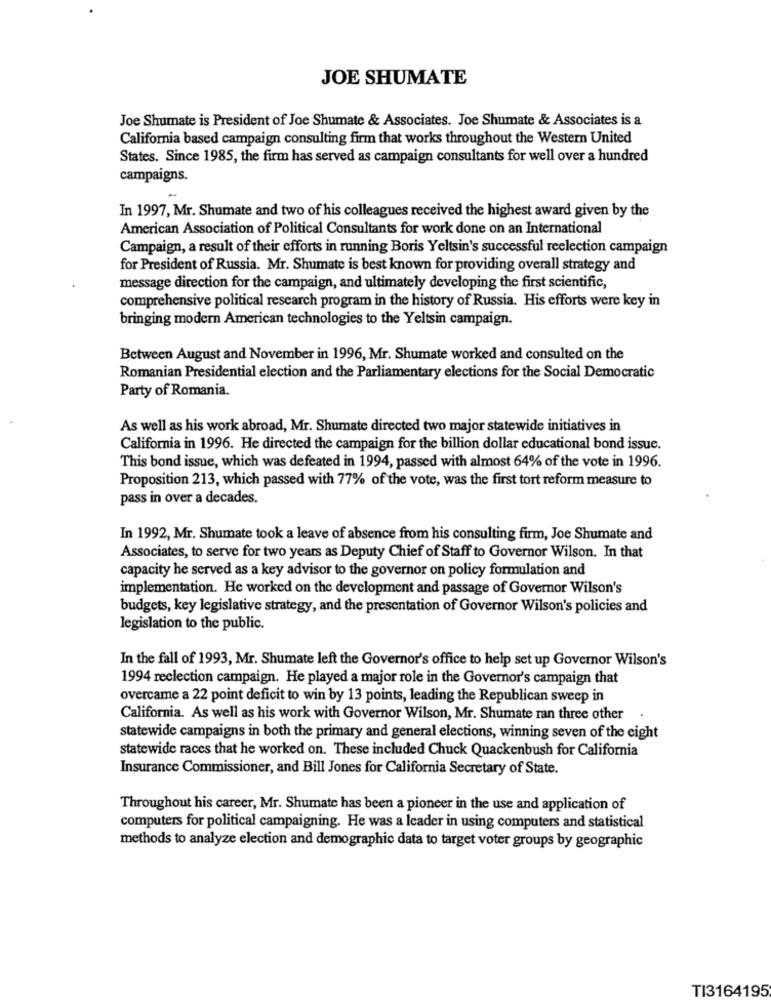
JOE SHUMATE
Joe Shumate is President of Joe Shumate & Associates. Joe Shumate & Associates is a
California based campaign consulting firm that works throughout the Western United
States. Since 1985, the firm has served as campaign consultants for well over a hundred
campaigns.
In 1997, Mr. Shumate and two of his colleagues received the highest award given by the
American Association of Political Consultants for work done on an International
Campaign, a result of their efforts in running Boris Yeltsin's successful reelection campaign
for President of Russia. Mr. Shumate is best known for providing overall strategy and
message direction for the campaign, and ultimately developing the first scientific,
comprehensive political research program in the history of Russia. His efforts were key in
bringing modern American technologies to the Yeltsin campaign.
Between August and November in 1996, Mr. Shumate worked and consulted on the
Romanian Presidential election and the Parliamentary elections for the Social Democratic
Party of Romania.
As well as his work abroad, Mr. Shumate directed two major statewide initiatives in
California in 1996. He directed the campaign for the billion dollar educational bond issue.
This bond issue, which was defeated in 1994, passed with almost 64% of the vote in 1996.
Proposition 213, which passed with 77% of the vote, was the first tort reform measure to
pass in over a decades.
In 1992, Mr. Shumate took a leave of absence from his consulting firm, Joe Shumate and
Associates, to serve for two years as Deputy Chief of Staff to Governor Wilson. In that
capacity he served as a key advisor to the governor on policy formulation and
implementation. He worked on the development and passage of Governor Wilson's
budgets, key legislative strategy, and the presentation of Governor Wilson's policies and
legislation to the public.
In the fall of 1993, Mr. Shumate left the Governor's office to help set up Governor Wilson's
1994 reelection campaign. He played a major role in the Governor's campaign that
overcame a 22 point deficit to win by 13 points, leading the Republican sweep in
California. As well as his work with Governor Wilson, Mr. Shumate ran three other
statewide campaigns in both the primary and general elections, winning seven of the eight
statewide races that he worked on. These included Chuck Quackenbush for California
Insurance Commissioner, and Bill Jones for California Secretary of State.
Throughout his career, Mr. Shumate has been a pioneer in the use and application of
computers for political campaigning. He was a leader in using computers and statistical
methods to analyze election and demographic data to target voter groups by geographic
TI3164195